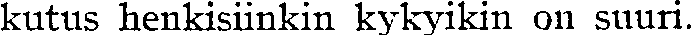
kutus henkisiinkin kykyikin on suuri.